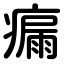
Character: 瘺